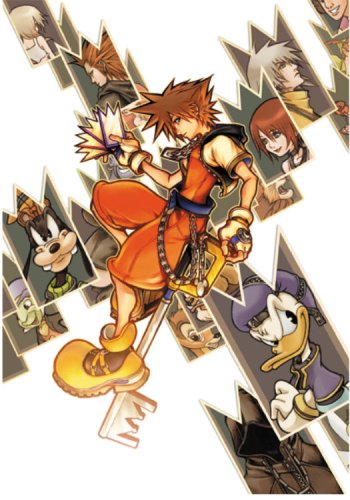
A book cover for Kingdom Hearts CCG Trading Card Game Series 1 Kingdom Pack Deluxe Starter Set [Random Level 1 Foil Card]; Tomy; Science Fiction & Fantasy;